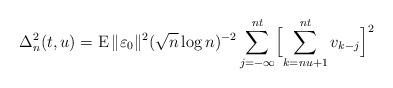
LaTeX: \begin{align*}\Delta_n^2(t,u)=\operatorname E\|\varepsilon_0\|^2(\sqrt{n}\log n)^{-2}\sum_{j=-\infty}^{nt}\Bigl[\sum_{k=nu+1}^{nt}v_{k-j}\Bigr]^2\end{align*}